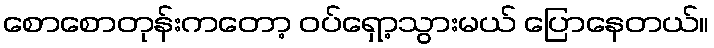
စောစောတုန်းကတော့ ဝပ်ရှော့သွားမယ် ပြောနေတယ်။